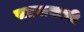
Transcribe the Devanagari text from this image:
सहवासाची